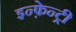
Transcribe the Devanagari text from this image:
इन्फ़ेन्ट्री